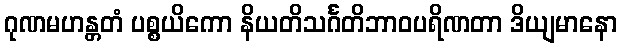
ဂုဏမဟန္တတံ ပစ္စယိကော နိယတိသင်္ဂတိဘာဝပရိဏတာ ဒိယျမာနော